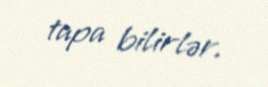
tapa bilirlər.